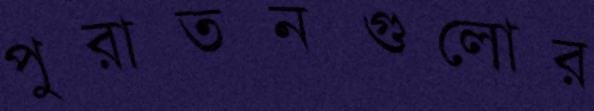
পুরাতনগুলোর